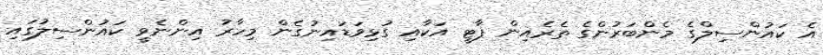
އެ ކައުންސިލްގެ މެންބަރުންގެ ތެރެއިން ޕާޓީ އަކާއި ގުޅިވަޑައިނުގެން މިހާރު އިންނެވީ ކައުންސިލުގައި